Assam Mental Hospital (Tezpur, India) - 1933-1948
Year: 1933
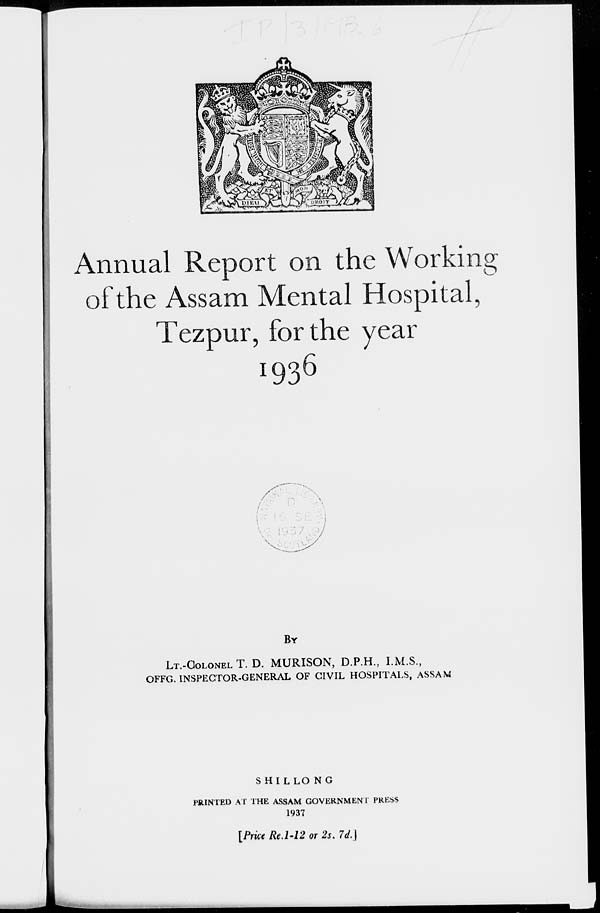
Annual Report on the Working
of the Assam Mental Hospital,
Tezpur, for the year
1936
BY
LT.-COLONEL T. D. MURISON, D.P.H., I.M.S.,
OFFG. INSPECTOR-GENERAL OF CIVIL HOSPITALS, ASSAM
SHILLONG
PRINTED AT THE ASSAM GOVERNMENT PRESS
1937
[Price Re.1-12 or 2s. 7d.]